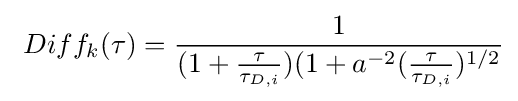
\ Diff_{k}(\tau )={\frac {1}{(1+{\frac {\tau }{\tau _{D,i}}})(1+a^{-2}({\frac {\tau }{\tau _{D,i}}})^{1/2}}}